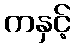
ကနှင့်